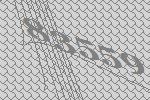
83559